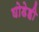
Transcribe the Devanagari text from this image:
घोडेही